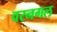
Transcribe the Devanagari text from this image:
वरनगल